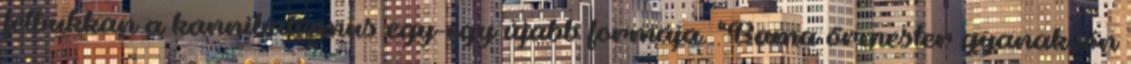
felbukkan a kannibalizmus egy-egy újabb formája. "Bama őrmester gyanakvón